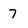
Character: 7